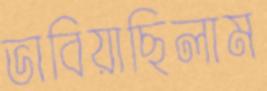
ভাবিয়াছিলাম